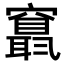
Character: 𥨬